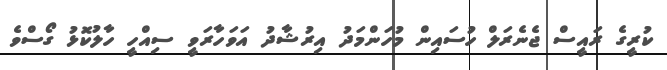
ކުރީގެ ރައީސް ޖެނެރަލް ހުސައިން މުހަންމަދު އިރުޝާދު އަވަހާރަވީ ސިއްހީ ހާލުކޮޅު ގޯސްވެ